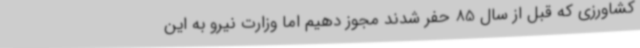
کشاورزی که قبل از سال 85 حفر شدند مجوز دهیم اما وزارت نیرو به این